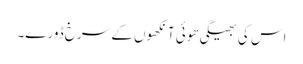
اس کی بھیگی ھوئی آنکھوں کے سرخ ڈورے۔